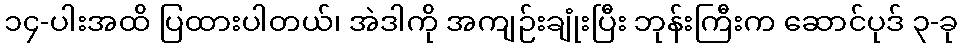
၁၄-ပါးအထိ ပြထားပါတယ်၊ အဲဒါကို အကျဉ်းချုံးပြီး ဘုန်းကြီးက ဆောင်ပုဒ် ၃-ခု